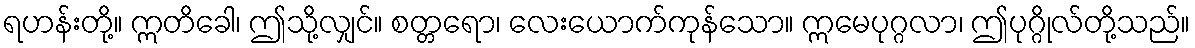
ရဟန်းတို့။ ဣတိခေါ၊ ဤသို့လျှင်။ စတ္တရော၊ လေးယောက်ကုန်သော။ ဣမေပုဂ္ဂလာ၊ ဤပုဂ္ဂိုလ်တို့သည်။